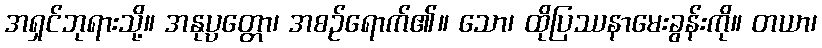
အရှင်ဘုရားသို့။ အနုပ္ပတ္တော၊ အစဉ်ရောက်၏။ သော၊ ထိုပြဿနာမေးခွန်းကို။ တယာ၊